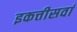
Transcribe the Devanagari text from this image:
इकत्तीसवां